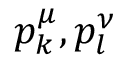
p _ { k } ^ { \mu } , p _ { l } ^ { \nu }